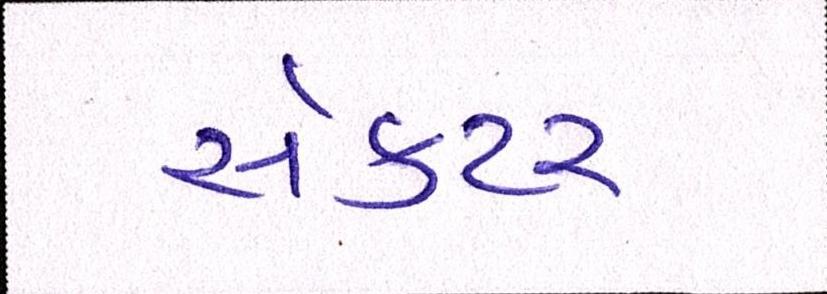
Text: સેકટર